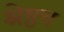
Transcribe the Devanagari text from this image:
श्रेष्ठच